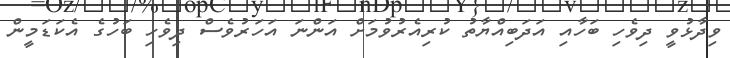
ވިދާޅުވީ ދިވެހި ބަހާއި އަދަބިއްޔާތު ކުރިއެރުވުމަށް އަންނަ އަހަރުވެސް ދިވެހި ބަހުގެ އެކަޑަމީން